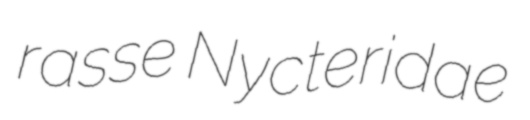
rasse Nycteridae